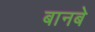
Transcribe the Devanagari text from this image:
बानबे